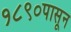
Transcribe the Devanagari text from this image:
१८९०पासून